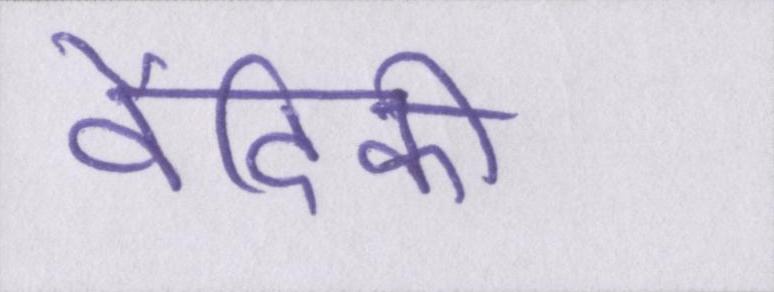
वैदिकी